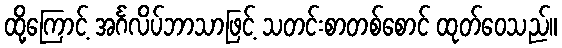
ထို့ကြောင့် အင်္ဂလိပ်ဘာသာဖြင့် သတင်းစာတစ်စောင် ထုတ်ဝေသည်။